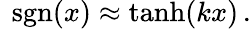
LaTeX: \ \operatorname{sgn}(x)\approx\operatorname{tanh}(kx)\, .